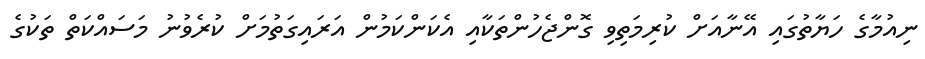
ނިއުމާގެ ހަޔާތުގައި އޭނާއަށް ކުރިމަތިވި ގޮންޖެހުންތަކާއި އެކަންކަމުން އަރައިގަތުމަށް ކުރެވުނު މަސައްކަތް ތަކުގެ